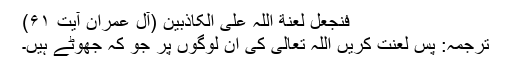
فنجعل لعنة اللہ علی الکاذبین (آل عمران آیت ۶۱)
ترجمہ: پس لعنت کریں اللہ تعالیٰ کی ان لوگوں پر جو کہ جھوٹے ہیں۔